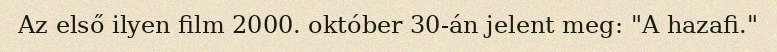
Az első ilyen film 2000. október 30-án jelent meg: "A hazafi."